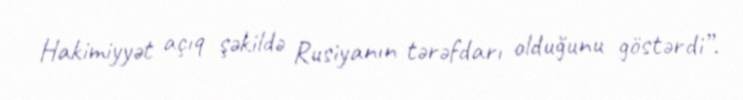
Hakimiyyət açıq şəkildə Rusiyanın tərəfdarı olduğunu göstərdi”.